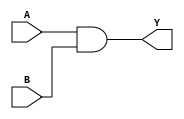
module AND_gate(
   input A,
   input B,
   output Y
);

assign Y = A & B;

endmodule